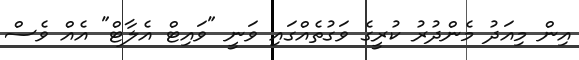
އިން މިއަދު މެންދުރު ކުރީގެ ވަގުތެއްގައި ވަނީ "ވައިޓް އެލާޓް" އެއް ވެސް